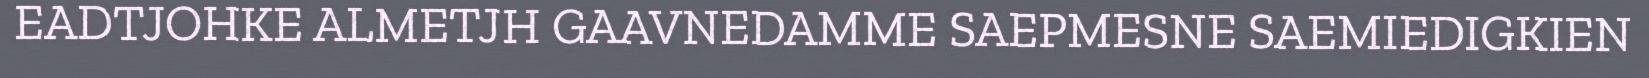
EADTJOHKE ALMETJH GAAVNEDAMME SAEPMESNE SAEMIEDIGKIEN